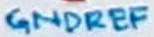
Text: GNDREF